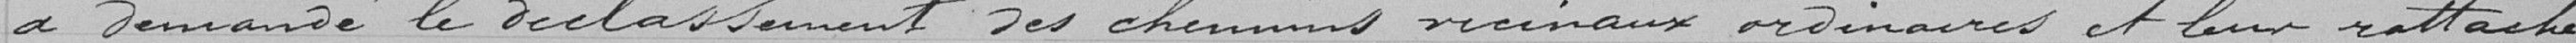
a demandé le reclassement des chemins vicinaux ordinaires et leur rattache-